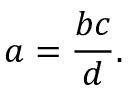
a = { \frac { b c } { d } } .